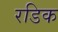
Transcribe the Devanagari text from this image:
रडिक